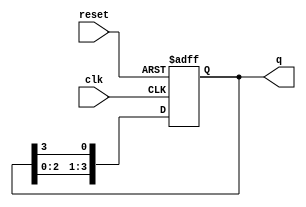
module ring_counter (
    input wire clk,       // Clock input
    input wire reset,     // Asynchronous reset input
    output reg [N-1:0] q  // Counter output
);
    parameter N = 4;      // Number of bits in the ring counter

    // Asynchronous reset logic
    always @(posedge clk or posedge reset) begin
        if (reset) begin
            // Initialize the counter to a known state (one '1' at the least significant bit)
            q <= 1'b1;
        end else begin
            // Shift the '1' to the next position
            q <= {q[N-2:0], q[N-1]};
        end
    end
endmodule